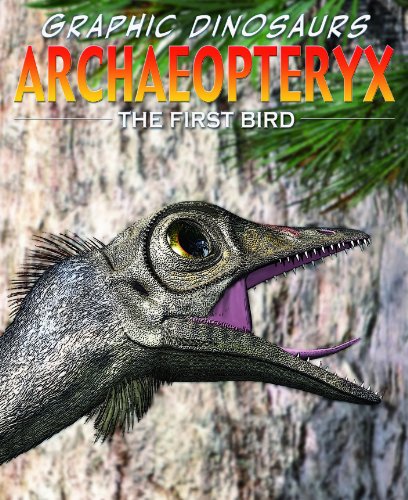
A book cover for Archaeopteryx: The First Bird (Graphic Dinosaurs); Rob Shone; Children's Books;